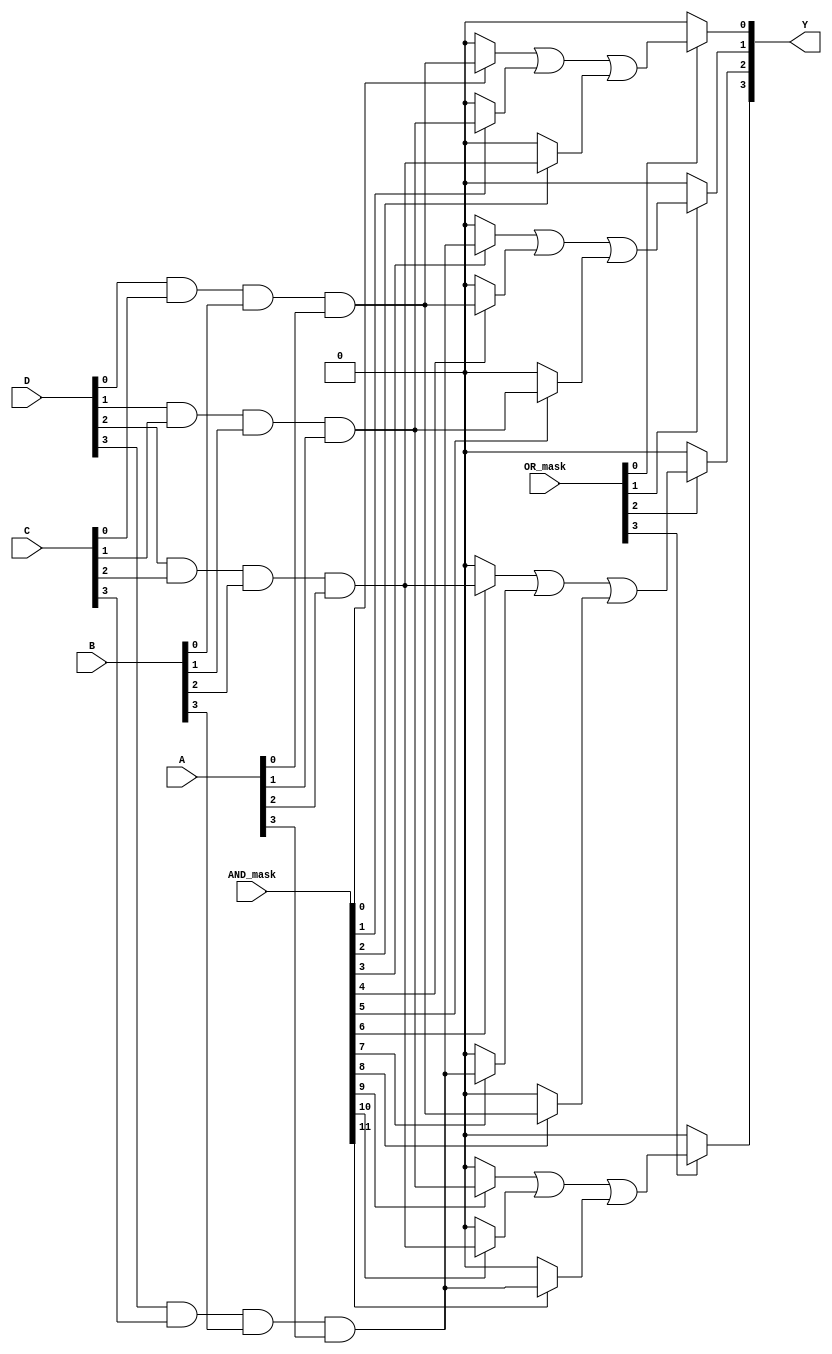
module SuperPAL (
    input wire [3:0] A,        // Input lines (e.g., A[3:0] for 4 inputs)
    input wire [3:0] B,        // Additional input lines (e.g., B[3:0])
    input wire [3:0] C,        // Additional input lines (e.g., C[3:0])
    input wire [3:0] D,        // Additional input lines (e.g., D[3:0])
    input wire [15:0] AND_mask, // Mask for programmable AND gates
    input wire [3:0] OR_mask,   // Mask for fixed OR gates
    output wire [3:0] Y         // Outputs (e.g., Y[3:0])
);

// Declare internal wires for AND gate outputs
wire [15:0] and_outputs;

// Programmable AND Array
genvar i, j;
generate
    for (i = 0; i < 16; i = i + 1) begin : and_array
        wire [3:0] inputs;
        assign inputs = {A[i % 4], B[i % 4], C[i % 4], D[i % 4]}; // Select inputs based on index
        assign and_outputs[i] = (AND_mask[i]) ? (inputs[0] & inputs[1] & inputs[2] & inputs[3]) : 1'b0;
    end
endgenerate

// Fixed OR Array
assign Y[0] = (OR_mask[0]) ? (and_outputs[0] | and_outputs[1] | and_outputs[2]) : 1'b0;
assign Y[1] = (OR_mask[1]) ? (and_outputs[3] | and_outputs[4] | and_outputs[5]) : 1'b0;
assign Y[2] = (OR_mask[2]) ? (and_outputs[6] | and_outputs[7] | and_outputs[8]) : 1'b0;
assign Y[3] = (OR_mask[3]) ? (and_outputs[9] | and_outputs[10] | and_outputs[11]) : 1'b0;

endmodule